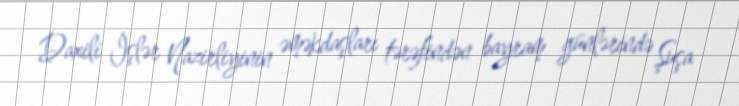
Daxili İşlər Nazirliyinin əməkdaşları tərəfindən bayram günlərində Şuşa